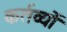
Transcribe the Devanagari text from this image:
कर्तव्‍यों